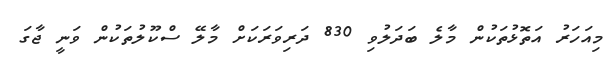
މިއަހަރު އަތޮޅުތަކުން މާލެ ބަދަލުވި 830 ދަރިވަރަކަށް މާލޭ ސްކޫލުތަކުން ވަނީ ޖާގަ